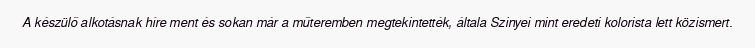
A készülő alkotásnak híre ment és sokan már a műteremben megtekintették, általa Szinyei mint eredeti kolorista lett közismert.